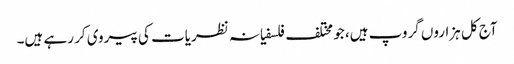
آج کل ہزاروں گروپ ہیں، جو مختلف فلسفیانہ نظریات کی پیروی کر رہے ہیں۔